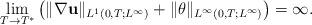
LaTeX: \begin{align*}\lim_{T\rightarrow T^{*}}\left(\|\nabla\mathbf{u}\|_{L^1(0,T;L^\infty)}+\|\theta\|_{L^\infty(0,T;L^\infty)}\right)=\infty.\end{align*}